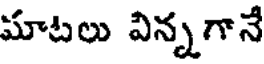
మాటలు విన్నగానే